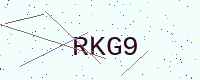
Text: RKG9